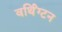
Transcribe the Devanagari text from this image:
वर्थिंग्टन